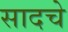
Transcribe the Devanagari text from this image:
सादचे